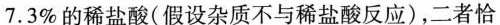
7.3%的稀盐酸(假设杂质不与稀盐酸反应)，二者恰